Report on the working of the mental hospitals for Indians in Bihar and Orissa - 1925-1929
Year: 1925
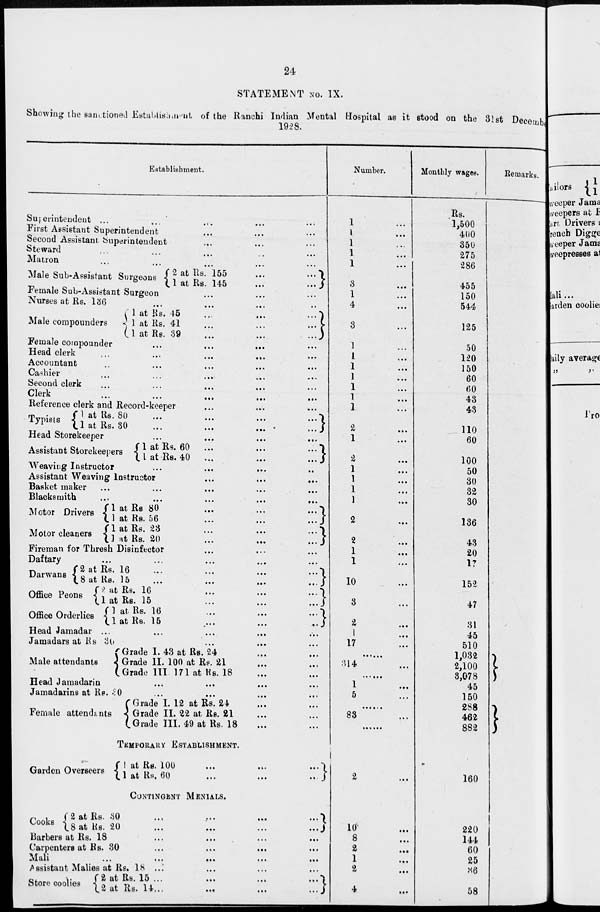
24
STATEMENT No. IX.
Showing the sanctioned Estabilshment of the Ranchi Indian Mental Hospital as it stood on the 31st December
1928.
Establishment.
Superintendent ... ... ...
First Assistant Superintendent ... ... ...
Second Assistant Superintendent ... ... ...
Steward ... ... ... ... ...
Matron ... ... ... ... ...
Male Sub-Assistant Surgeons 2 at Rs. 155 ... ...
1
at Rs. 145 ... ...
Female Sub-Assistant Surgeon ... ... ...
Nurses at Rs. 136
... ... ... ...
Male compounders
1 at Rs. 45
...
1 at Rs. 41
...
1 at Rs. 39
...
Female compounder ... ... ... ... ...
Head clerk ... ... ... ... ...
Accountant ... ... ... ... ...
Cashier ... ... ... ... ...
Second clerk ... ... ... ... ...
Clerk
...
...
...
...
...
Reference clerk and Record-keeper ... ... ...
Typists
1 at Rs. 80 ... ...
1 at Rs. 30 ... ...
Head Storekeeper ... ... ... ...
Assistant Storekeepers
1 at Rs. 60
...
...
...
1 at Rs. 40
...
...
...
Weaving Instructor ... ... ... ... ...
Assistant Weaving Instructor ... ... ... ...
Basket maker ... ... ... ... ...
Blacksmith
...
...
...
...
...
Motor Drivers
Motor cleaners
Rs 80
...
...
Rs.56
...
...
Rs.23
...
Rs.20
...
Fireman for Thresh Disinfector ... ... ... ...
Daftary ... ... ... ... ...
Darwans
Office Peons
Office Orderlies
2 at Rs. 16 ... ... ...
8 at Rs. 15 ... ... ...
2 at Rs. 16 ... ... ...
1 at Rs. 15 ... ... ...
1 at Rs. 16 ... ... ...
1 at Rs. 15 ... ... ...
Head Jamadar ... ... ... ... ...
Jamadars at Rs 30 ... ... ... ...
Male attendants
Grade I. 43 at Rs. 24 ... ...
Grade II. 100 at Rs. 21 ... ...
Grade III 171 at Rs. 18 ... ...
Head Jamadarin ... ... ... ... ...
Jamadarins at Rs. 30 ... ... ... ... ...
Female attendents
Grade I. 12 at Rs. 24 ... ...
Grade II. 22 at Rs. 21 ... ...
Grade III. 49 at Rs. 18 ... ...
TEMPORARY ESTABLISHMENT.
Garden Overseers
1 at Rs. 100 ... ... ...
1 at Rs. 60 ... ... ...
CONTINGENT MENTALS.
Cooks
2 at Rs. 30 ... ... ...
8 at Rs. 20 ... ... ...
Barbers at Rs. 18 ... ... ... ... ...
Carpenters at Rs. 30 ... ... ... ...
Mali ...
... ... ...
Assistant Malies at Rs. 18 ... ... ... ...
Store coolies
2 at Rs. 15 ... ... ...
2 at Rs. 14...
...
...
Number.
1 ...
1 ...
1 ...
1 ...
1
...
3
...
1 ...
4 ...
3 ...
1 ...
1 ...
1 ...
1 ...
1 ...
1 ...
1 ...
2
...
1 ...
2
...
1 ...
1 ...
1 ...
1 ...
2
...
2
1
1
10
3
2
1
17
.....
314 ...
......
1 ...
5 ...
......
83 ...
......
2 ...
10 ...
8
...
2 ...
1 ...
2
...
4 ...
Monthly wages.
Rs.
1,500
400
350
275
286
455
150
544
125
50
120
150
60
60
43
43
110
60
100
50
30
32
30
136
43
20
17
152
47
31
45
510
1,032
2,100
3,078
45
150
288
462
882
160
220
144
60
25
36
58
Remarks.